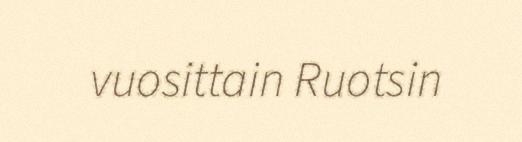
vuosittain Ruotsin